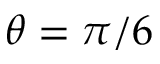
\theta = \pi / 6